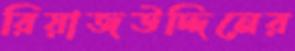
রিয়াজউদ্দিনের